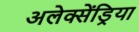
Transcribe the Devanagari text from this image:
अलेक्सेंड्रिया